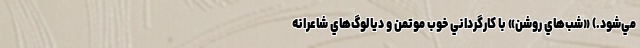
مي‌شود.) «شب‌هاي روشن» با كارگرداني خوب موتمن و ديالوگ‌هاي شاعرانه